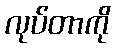
လုပ်တာကို